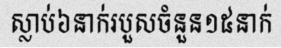
ស្លាប់៦នាក់របួសចំនួន១៥នាក់